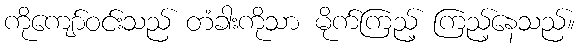
ကိုကျော်ဝင်းသည် တံခါးကိုသာ မိုက်ကြည့် ကြည့်နေသည်။